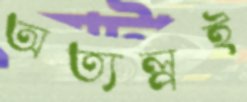
অত্যল্পই